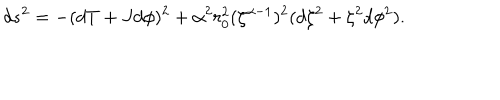
LaTeX: d s ^ { 2 } = - ( d T + J d \phi ) ^ { 2 } + \alpha ^ { 2 } r _ { 0 } ^ { 2 } ( \zeta ^ { \alpha - 1 } ) ^ { 2 } ( d \zeta ^ { 2 } + \zeta ^ { 2 } d \phi ^ { 2 } ) .